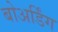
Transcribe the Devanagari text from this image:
बोअर्डिंग